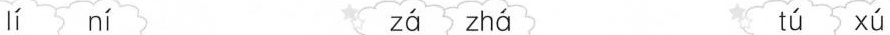
lí ní zá zhá tú xú